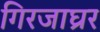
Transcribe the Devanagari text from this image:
गिरजाघ्रर